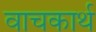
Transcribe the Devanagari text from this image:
वाचकार्थ